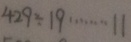
4 2 9 \div 1 9 \cdots 1 1